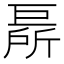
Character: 𢀦